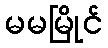
မမမြိုင်